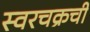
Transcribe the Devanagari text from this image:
स्वरचक्रची